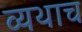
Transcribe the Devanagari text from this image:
व्यथाच